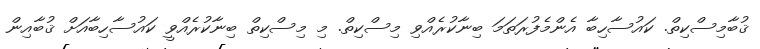
ޤުބާމިސްކިތް. ކައުސާހިބާ އެންމެފުރަތަމަ ބިނާކުރެއްވި މިސްކިތް. މި މިސްކިތް ބިނާކުރެއްވީ ކައުސާހިބާއަށް ޤުބާއިން